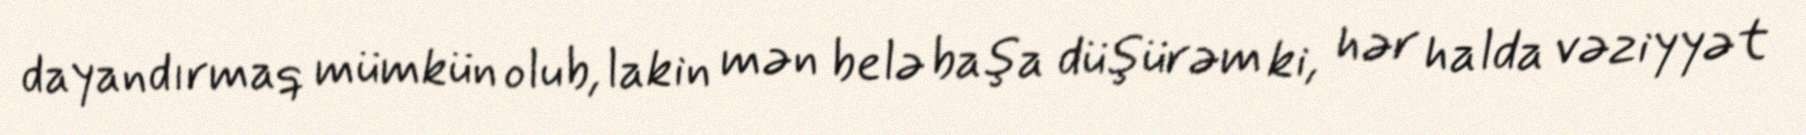
dayandırmaq mümkün olub, lakin mən belə başa düşürəm ki, hər halda vəziyyət